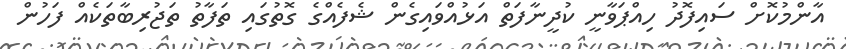
އާންމުކޮށް ސައިފޮދު ހިއްޕަވާނީ ކުދީނާފަތް އަޅުއްވައިގެން ޝެފެއްގެ ގޮތުގައި ތަފާތު ތަޖުރިބާތަކެއް ފަހުން